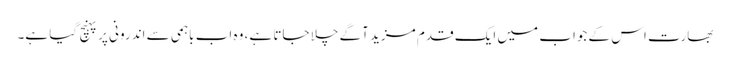
بھارت اس کے جواب میں ایک قدم مزید آگے چلا جاتا ہے، وہ اب باہمی سے اندرونی پر پہنچ گیا ہے۔